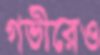
গভীরেও